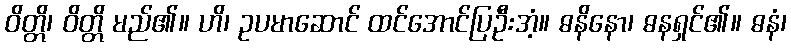
ဝိတ္တိ၊ ဝိတ္တိ မည်၏။ ဟိ၊ ဥပမာဆောင် ထင်အောင်ပြဦးအံ့။ ဓနိနော၊ ဓနရှင်၏။ ဓနံ၊